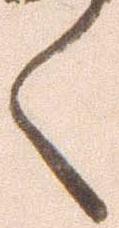
く